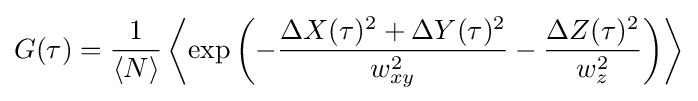
G(\tau )={\frac {1}{\langle N\rangle }}\left\langle \exp \left(-{\frac {\Delta X(\tau )^{2}+\Delta Y(\tau )^{2}}{w_{xy}^{2}}}-{\frac {\Delta Z(\tau )^{2}}{w_{z}^{2}}}\right)\right\rangle